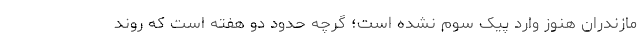
مازندران هنوز وارد پیک سوم نشده است؛ گرچه حدود دو هفته است که روند